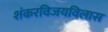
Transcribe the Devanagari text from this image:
शंकरविजयविलास